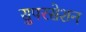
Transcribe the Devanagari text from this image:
सुपरसेशन